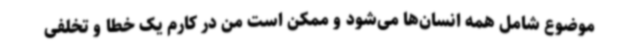
موضوع شامل همه انسان‌ها می‌شود و ممکن است من در کارم یک خطا و تخلفی